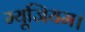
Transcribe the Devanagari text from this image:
म्यूजियम।